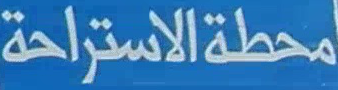
محطة الاستراحة